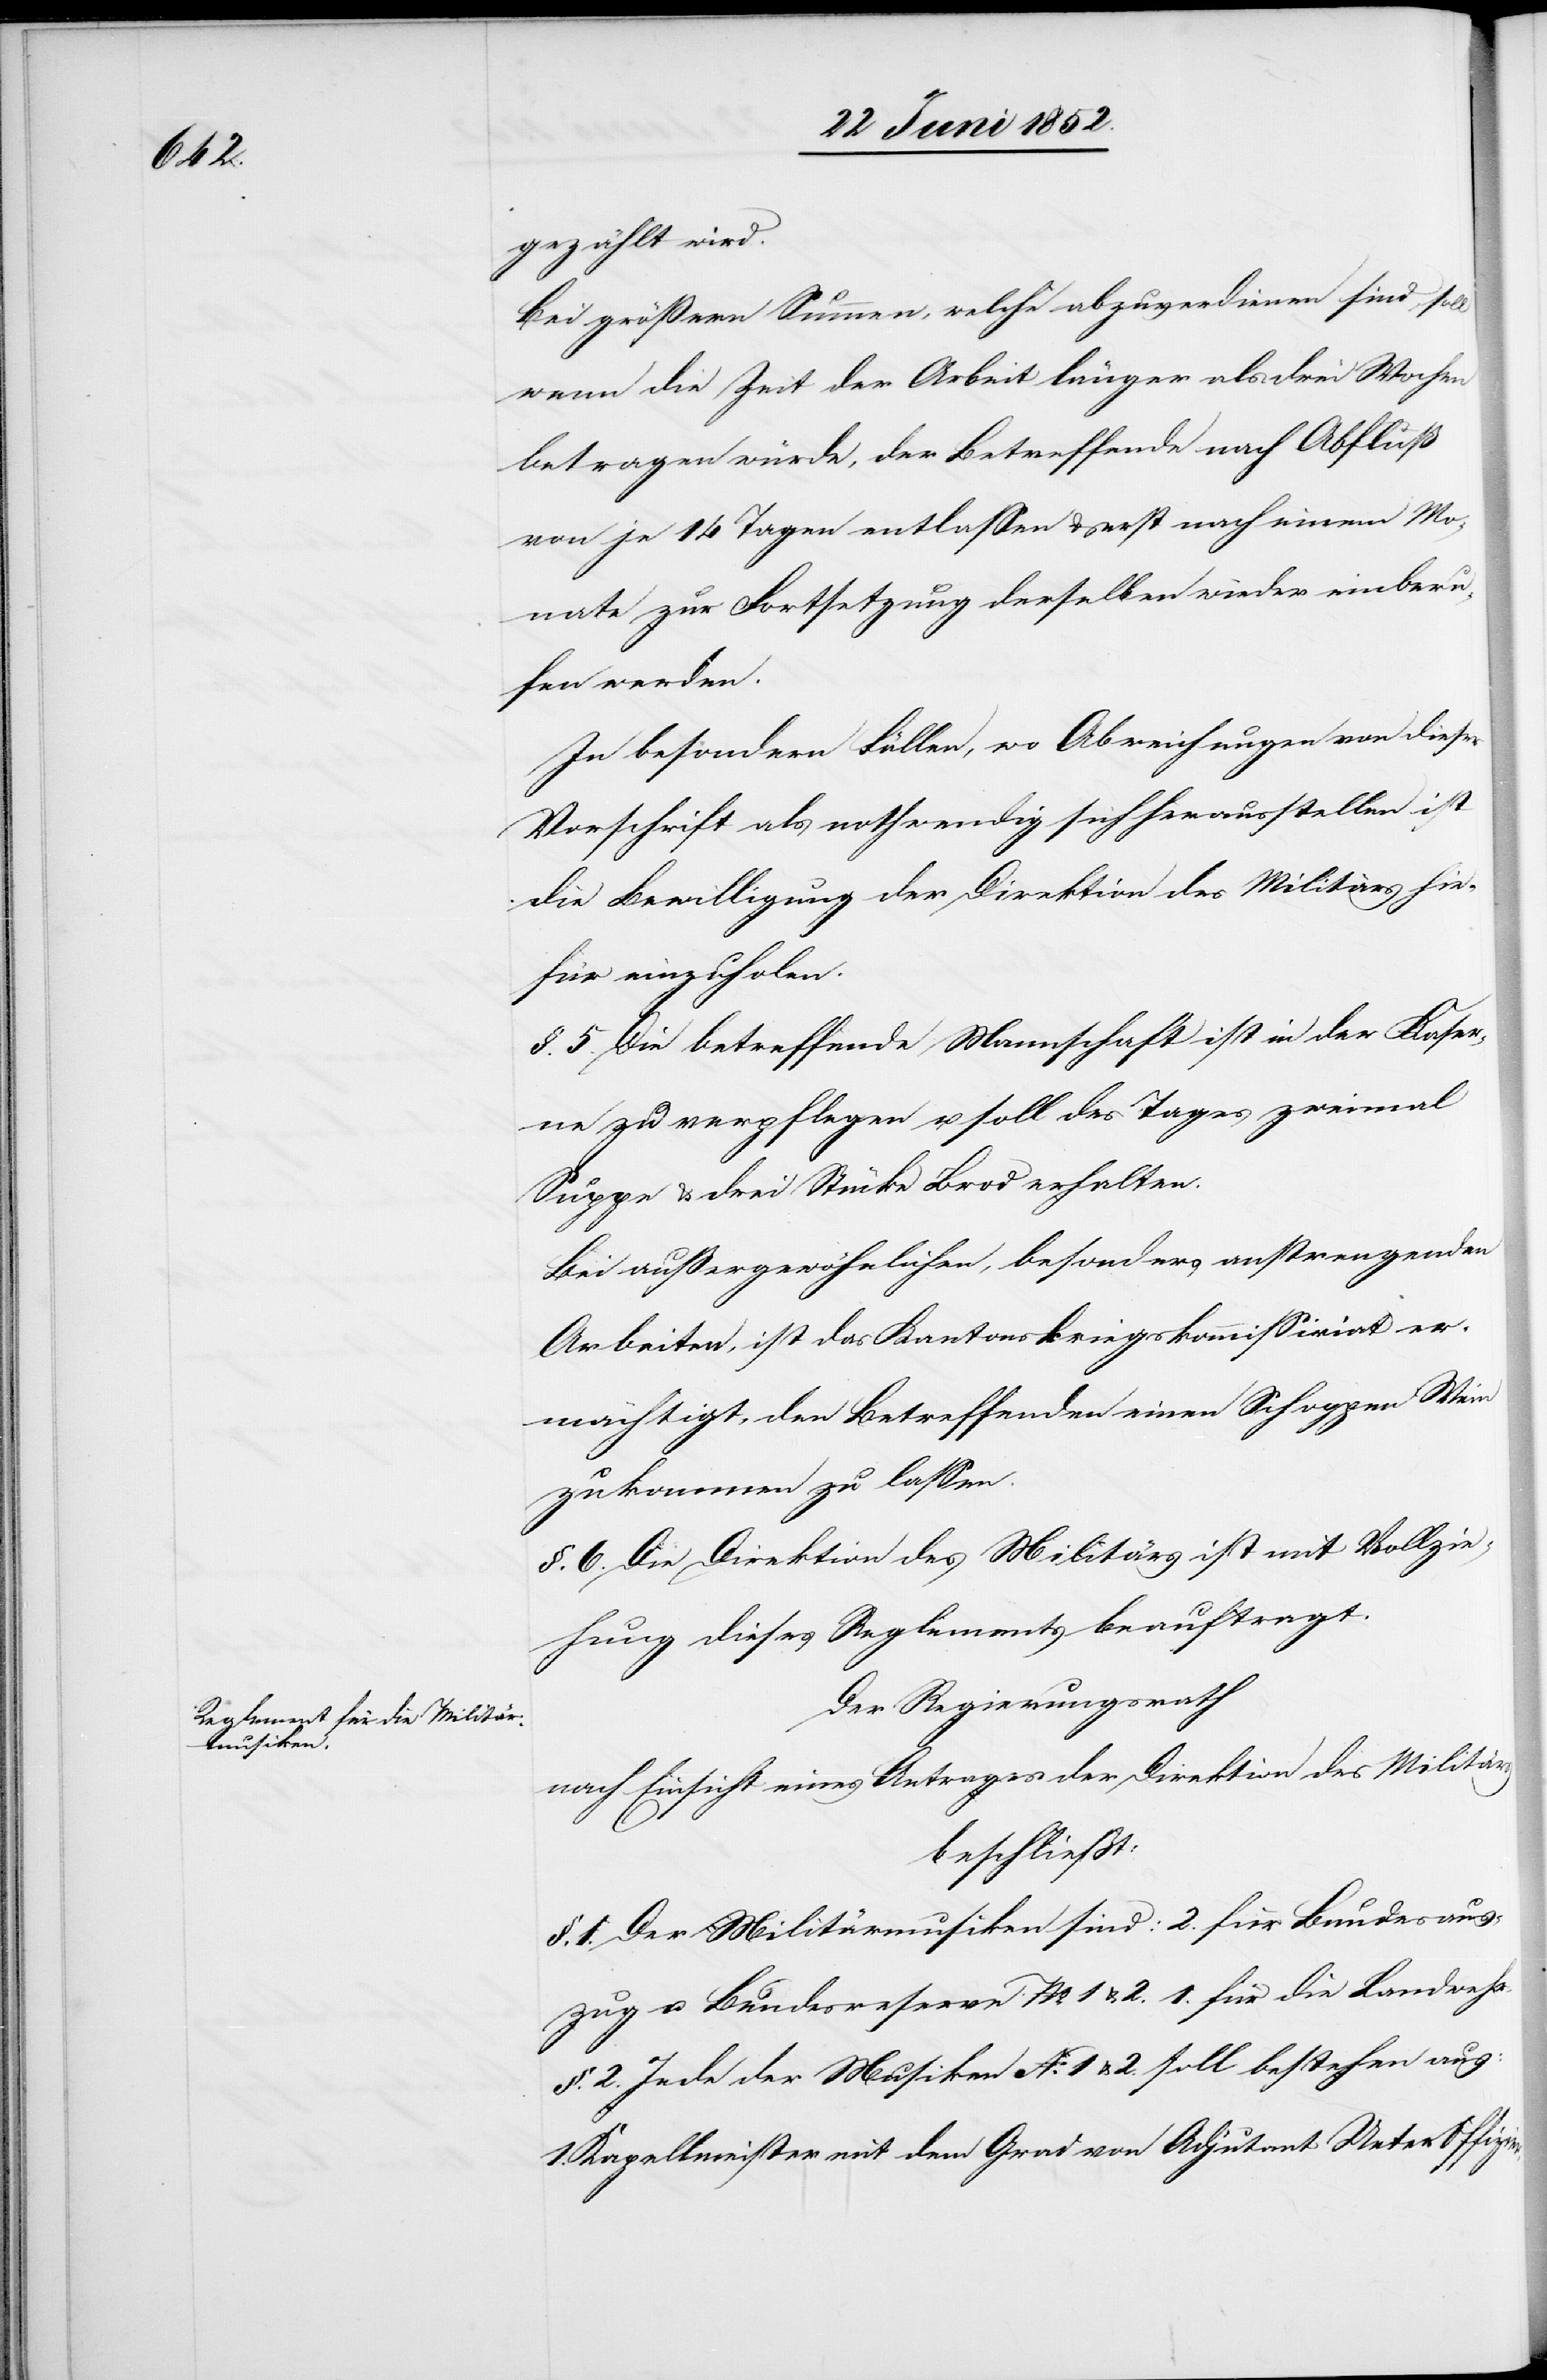
gezählt wird.
Bei größern Summen, welche abzuverdienen sind, soll
wenn die Zeit der Arbeit länger als drei Wochen
betragen würde, der Betreffende nach Abfluß
von je 14 Tagen entlassen & erst nach einem Mo¬
nate zur Fortsetzung derselben wieder einberu¬
fen werden.
In besondern Fällen, wo Abweichungen von dieser
Vorschrift als nothwendig sich herausstellen ist
die Bewilligung der Direktion des Militärs hie¬
für einzuholen.
§. 5. Die betreffende Mannschaft ist in der Kaser¬
ne zu verpflegen u. soll des Tages zweimal
Suppe & drei Stücke Brod erhalten.
Bei außergewöhnlichen, besonders anstrengenden
Arbeiten, ist das Kantonskriegskommissiriat
ermächtigt, den Betreffenden einen Schoppen Wein
zukommen zu lassen.
§. 6. Die Direktion des Militärs ist mit Vollzie¬
hung dieses Reglements beauftragt.
Der Regierungsrath
nach Einsicht eines Antrages der Direktion des Militärs
beschließt:
§. 1. Der Militärmusiken sind: 2. für Bundesaus¬
zug u. Bundesreserve No. 1 & 2.[,] 1. für die Landwehr.
§. 2. Jede der Musiken No. 1 & 2. soll bestehen aus:
1. Kapellmeister mit dem Grad von Adjutant Unter[-]Offizier.